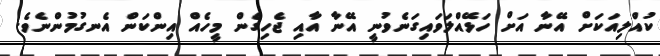
ކުއްލިއަކަށް އޭނާ އަށް ހަޅޭއްލަވައިގަނެވުނީ އޭނާ އާއި ޖެހިގެން މީހެއް އިންކަން އެނގުމުންނެވެ.